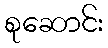
စုဆောင်း